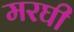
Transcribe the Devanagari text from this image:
मरघी